Scottish Leaving Certificate Examination, 1957
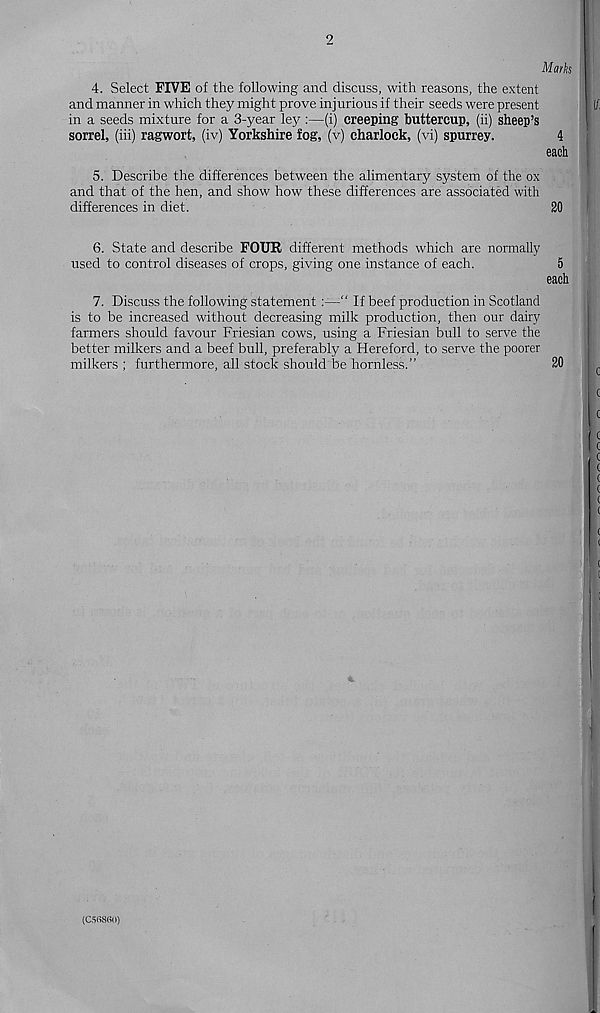
2
Marks
4. Select FIVE of the following and discuss, with reasons, the extent
and manner in which they might prove injurious if their seeds were present
in a seeds mixture for a 3-year ley :—(i) creeping buttercup, (ii) sheep’s
sorrel, (iii) ragwort, (iv) Yorkshire fog, (v) charlock, (vi) spurrey.
4
each
5. Describe the differences between the alimentary system of the ox
and that of the hen, and show how these differences are associated with
differences in diet.
20
6. State and describe FOUR different methods which are normally
used to control diseases of crops, giving one instance of each.
5
each
7. Discuss the following statement:—" If beef production in Scotland
is to be increased without decreasing milk production, then our dairy
farmers should favour Friesian cows, using a Friesian bull to serve the
better milkers and a beef bull, preferably a Hereford, to serve the poorer
milkers ; furthermore, all stock should be hornless.”
20
(C5RSRO)